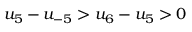
u _ { 5 } - u _ { - 5 } > u _ { 6 } - u _ { 5 } > 0